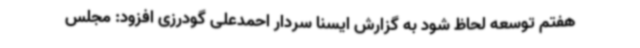
هفتم توسعه لحاظ شود به گزارش ایسنا سردار احمدعلی گودرزی افزود: مجلس